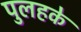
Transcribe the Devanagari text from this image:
पुलहके